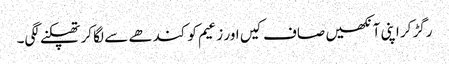
رگڑ کر اپنی آنکھیں صاف کیں اور زعیم کو کندھے سے لگا کر تھپکنے لگی۔